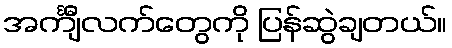
အင်္ကျီလက်တွေကို ပြန်ဆွဲချတယ်။